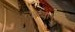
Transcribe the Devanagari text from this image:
त्यांच्यापुरतेच